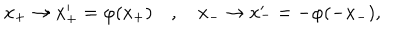
LaTeX: x _ { + } \to x _ { + } ^ { \prime } = \varphi ( x _ { + } ) \quad , \quad x _ { - } \to x _ { - } ^ { \prime } = - \varphi ( - x _ { - } ) ,